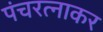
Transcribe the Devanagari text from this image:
पंचरत्नाकर